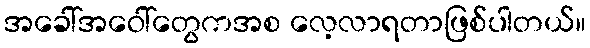
အခေါ်အဝေါ်တွေကအစ လေ့လာရတာဖြစ်ပါတယ်။